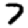
Digit: 7